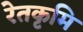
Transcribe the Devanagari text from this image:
रेतकृमि